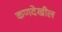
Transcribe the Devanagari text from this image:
कणदेखील